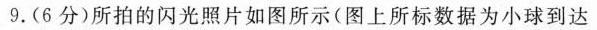
9.(6分)所拍的闪光照片如图所示(图上所标数据为小球到达